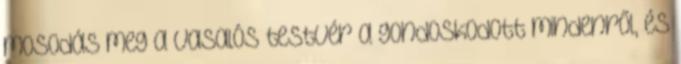
mosodás meg a vasalós testvér a gondoskodott mindenről, és